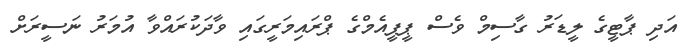
އަދި ޕާޓީގެ ލީޑަރު ގާސިމް ވެސް ޕީޕީއެމްގެ ޕްރައިމަރީގައި ވާދަކުރައްވާ އުމަރު ނަސީރަށް